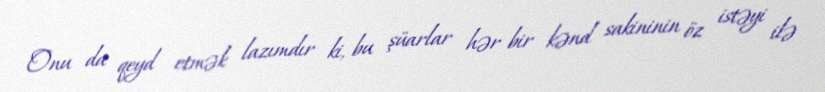
Onu da qeyd etmək lazımdır ki, bu şüarlar hər bir kənd sakininin öz istəyi ilə